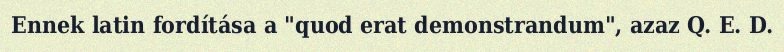
Ennek latin fordítása a "quod erat demonstrandum", azaz Q. E. D.